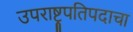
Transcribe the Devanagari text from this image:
उपराष्ट्रपतिपदाचा